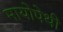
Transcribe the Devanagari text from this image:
मायोपेथी